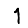
Digit: 1